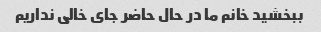
ببخشید خانم ما در حال حاضر جای خالی نداریم